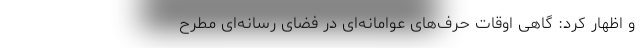
و اظهار کرد: گاهی اوقات حرف‌های عوامانه‌ای در فضای رسانه‌ای مطرح